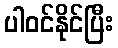
ပါဝင်နိုင်ပြီး